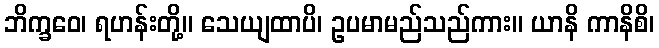
ဘိက္ခဝေ၊ ရဟန်းတို့။ သေယျထာပိ၊ ဥပမာမည်သည်ကား။ ယာနိ ကာနိစိ၊